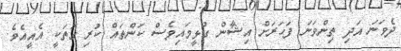
ދެވަނަ އަދި ތިންވަނަ ފަހަރަށް އިޝާން ގުޅީމައިވެސް ކަންތައް ކުރި ގޮތަކީ އެއީއެވެ.